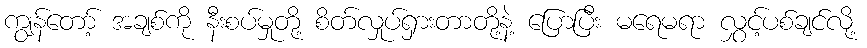
ကျွန်တော့် အချစ်ကို နီးစပ်မှုတို့ စိတ်လှုပ်ရှားတာတို့နဲ့ ပြောပြီး မရေမရာ လွှင့်ပစ်ချင်လို့